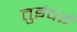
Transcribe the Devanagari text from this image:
तुईवई